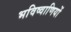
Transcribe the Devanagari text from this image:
भविष्वाणियों